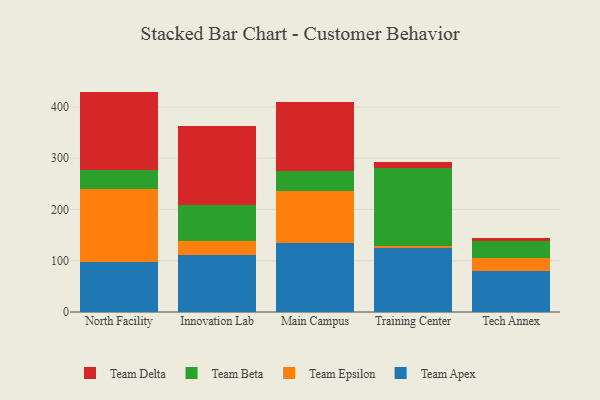
{"axis": {"x": "Campus", "y": "Inventory Turnover"}, "legend": ["Team Apex", "Team Beta", "Team Delta", "Team Epsilon"], "data": [{"x": "North Facility", "y": 97.6, "type": "Team Apex"}, {"x": "North Facility", "y": 143.2, "type": "Team Epsilon"}, {"x": "North Facility", "y": 36.4, "type": "Team Beta"}, {"x": "North Facility", "y": 152.6, "type": "Team Delta"}, {"x": "Innovation Lab", "y": 112.0, "type": "Team Apex"}, {"x": "Innovation Lab", "y": 26.0, "type": "Team Epsilon"}, {"x": "Innovation Lab", "y": 71.3, "type": "Team Beta"}, {"x": "Innovation Lab", "y": 154.0, "type": "Team Delta"}, {"x": "Main Campus", "y": 133.8, "type": "Team Apex"}, {"x": "Main Campus", "y": 101.9, "type": "Team Epsilon"}, {"x": "Main Campus", "y": 39.9, "type": "Team Beta"}, {"x": "Main Campus", "y": 134.6, "type": "Team Delta"}, {"x": "Training Center", "y": 124.0, "type": "Team Apex"}, {"x": "Training Center", "y": 5.1, "type": "Team Epsilon"}, {"x": "Training Center", "y": 152.3, "type": "Team Beta"}, {"x": "Training Center", "y": 11.3, "type": "Team Delta"}, {"x": "Tech Annex", "y": 79.1, "type": "Team Apex"}, {"x": "Tech Annex", "y": 25.8, "type": "Team Epsilon"}, {"x": "Tech Annex", "y": 33.7, "type": "Team Beta"}, {"x": "Tech Annex", "y": 5.8, "type": "Team Delta"}]}